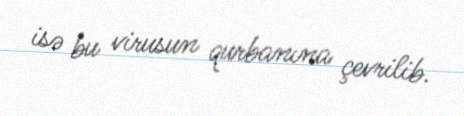
isə bu virusun qurbanına çevrilib.